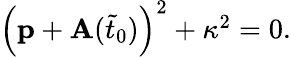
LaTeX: \begin{array}{r}{\left(\mathbf{p}+\mathbf{A}(\tilde{t}_{0})\right)^{2}+\kappa^{2}=0.}\end{array}